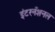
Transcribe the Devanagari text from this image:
इंटरनँशनल